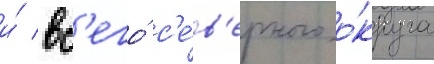
и́ вс'его́ с'е́в'ерного о́круга